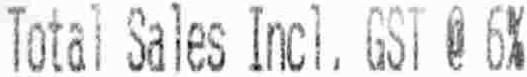
TOTAL SALES INCL, GST @ 6%